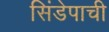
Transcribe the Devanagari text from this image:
सिंडेपाची